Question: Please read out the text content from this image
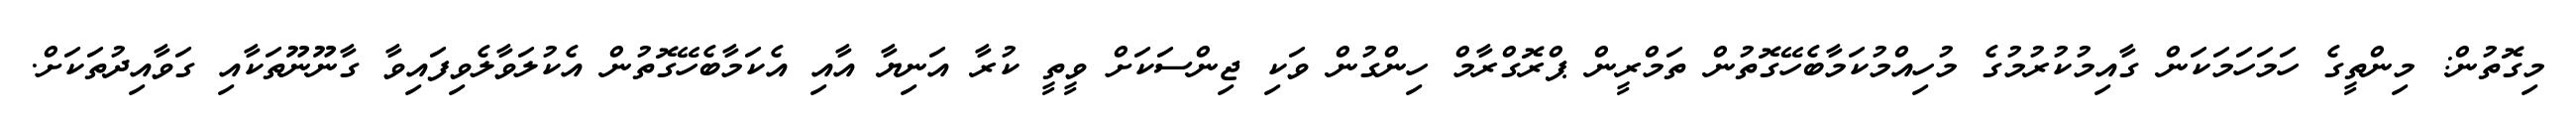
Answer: މިގޮތުން: މިންތީގެ ހަމަހަމަކަން ގާއިމުކުރުމުގެ މުހިއްމުކަމާބެހޭގޮތުން ތަމްރީން ޕްރޮގްރާމް ހިންގުން ވަކި ޖިންސަކަށް ވީތީ ކުރާ އަނިޔާ އާއި އެކަމާބެހޭގޮތުން އެކުލަވާލެވިފައިވާ ގާނޫނޫތަކާއި ގަވާއިދުތަކަށް.